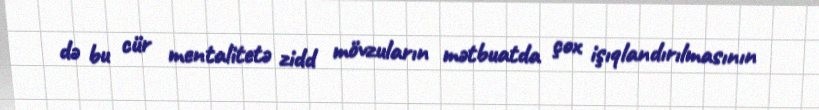
də bu cür mentalitetə zidd mövzuların mətbuatda çox işıqlandırılmasının